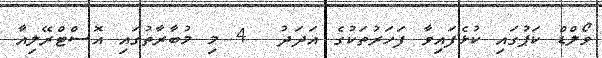
ވޯލްޑް ކަޕުގައި ކުޅެފައިވާ ފަހަރުތަކުގެ އަދަދު  4 މި މުބާރާތުގައި އޮސްޓްރޭލިއާ